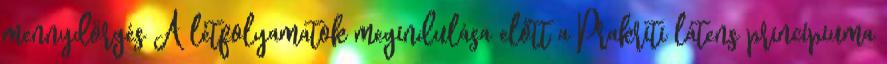
mennydörgés A létfolyamatok megindulása előtt a Prakriti látens princípiuma